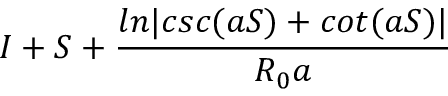
I + S + \frac { l n | c s c ( a S ) + c o t ( a S ) | } { R _ { 0 } a }